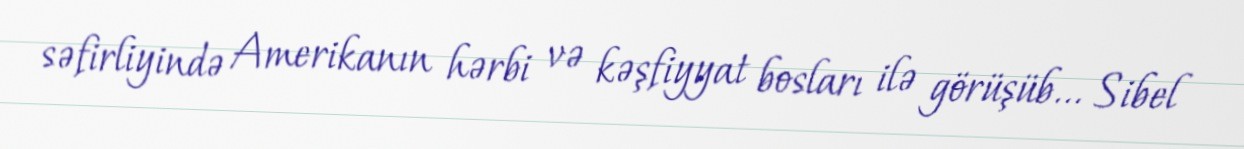
səfirliyində Amerikanın hərbi və kəşfiyyat bosları ilə görüşüb... Sibel